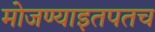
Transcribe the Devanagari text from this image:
मोजण्याइतपतच